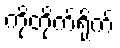
ကိုတိုက်ရိုက်